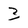
Character: 3